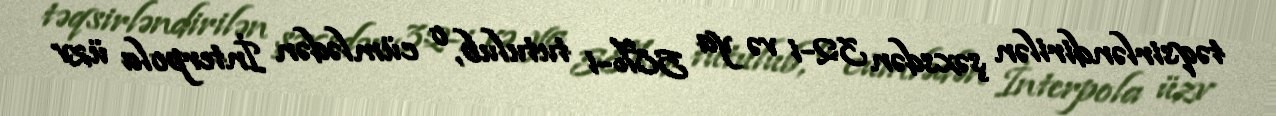
təqsirləndirilən şəxsdən 32-i və ya 58%-i tutulub, o cümlədən İnterpola üzv